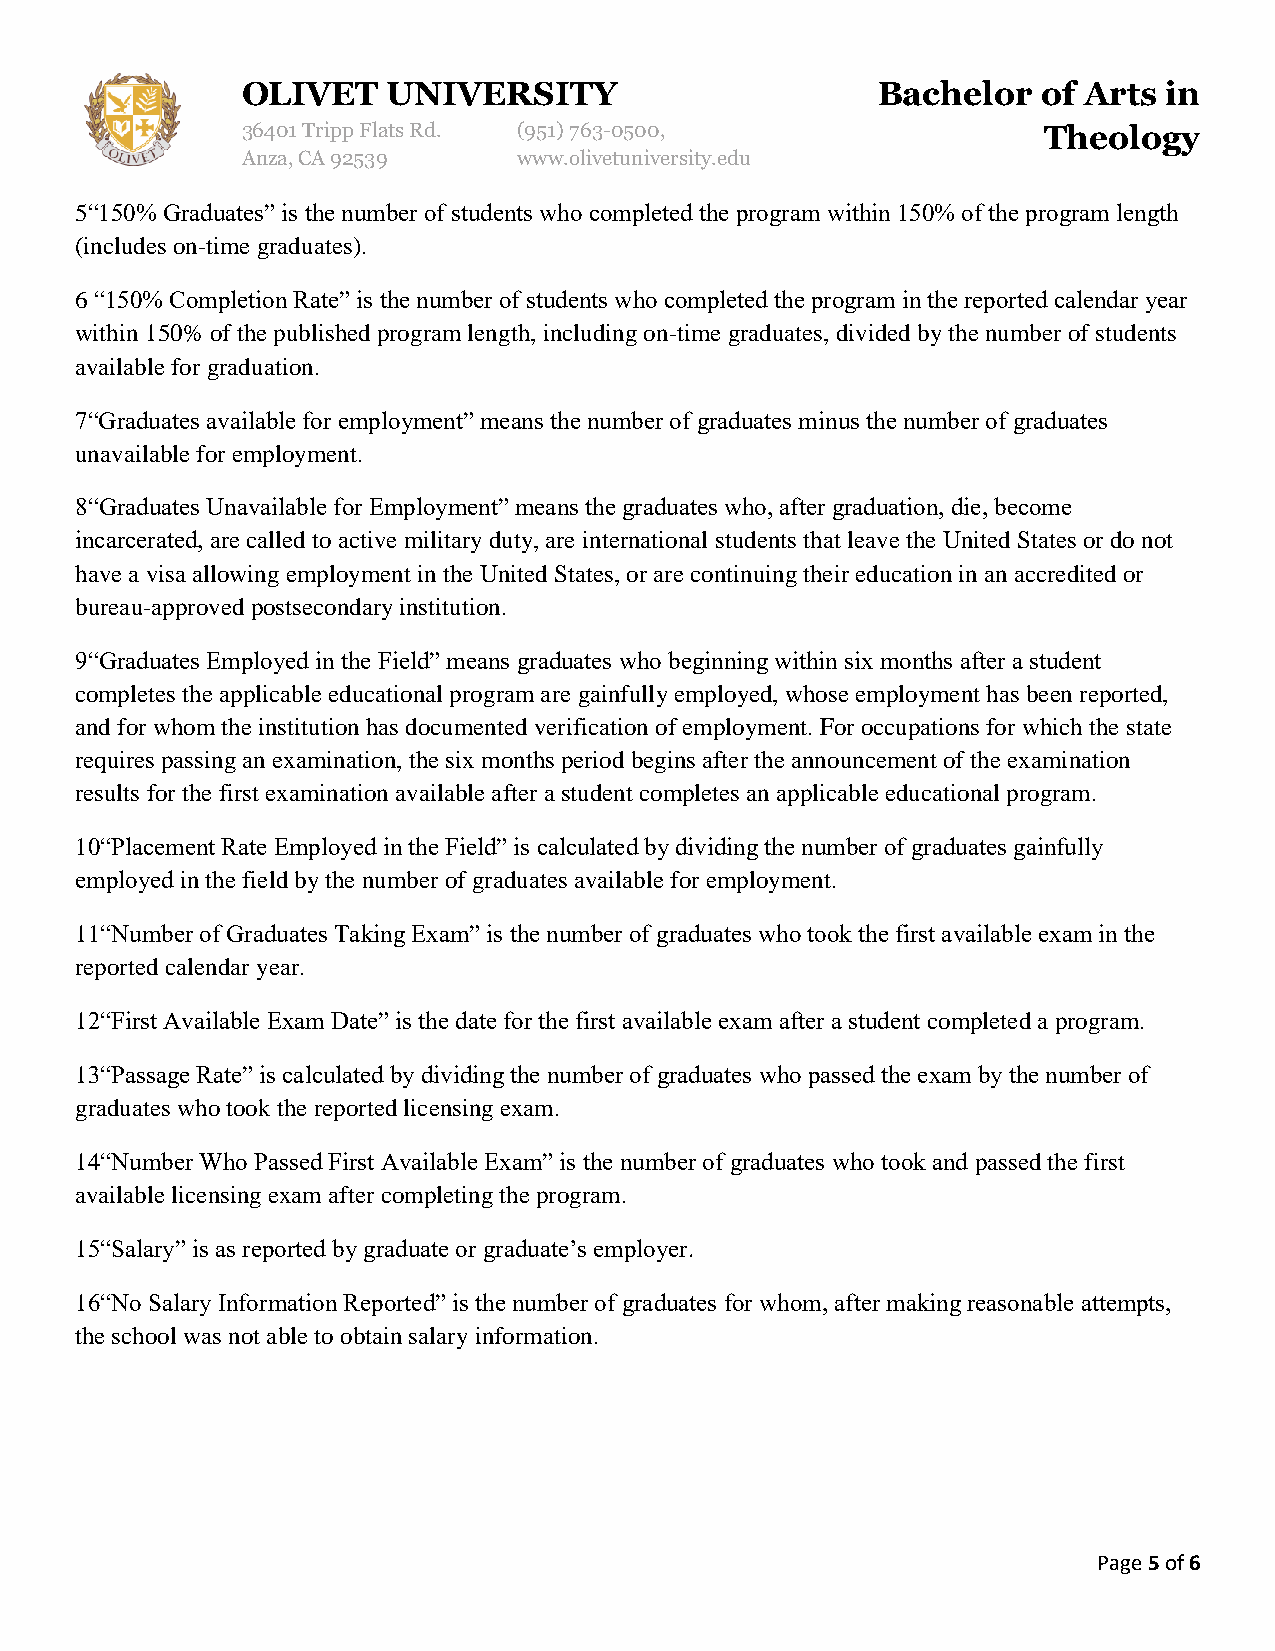
OLIVET    UNIVERSITY                      Bachelor   of Arts in
 36401 Tripp Flats Rd. (951)763-0500,                 Theology
 Anza, CA 92539    www.olivetuniversity.edu
 5“150% Graduates” is the number of students who completed the program within 150% of the program length
 (includes on-time graduates).
 6 “150% Completion Rate” is the number of students who completed the program in the reported calendar year
 within 150% of the published program length, including on-time graduates, divided by the number of students
 available for graduation.
 7“Graduates available for employment” means the number of graduates minus the number of graduates
 unavailable for employment.
 8“Graduates Unavailable for Employment” means the graduates who, after graduation, die, become
 incarcerated, are called to active military duty, are international students that leave the United States or do not
 have a visa allowing employment in the United States, or are continuing their education in an accredited or
 bureau-approved postsecondary institution.
 9“Graduates Employed in the Field” means graduates who beginning within six months after a student
 completes the applicable educational program are gainfully employed, whose employment has been reported,
 and for whom the institution has documented verification of employment. For occupations for which the state
 requires passing an examination, the six months period begins after the announcement of the examination
 results for the first examination available after a student completes an applicable educational program.
 10“Placement Rate Employed in the Field” is calculated by dividing the number of graduates gainfully
 employed in the field by the number of graduates available for employment.
 11“Number of Graduates Taking Exam” is the number of graduates who took the first available exam in the
 reported calendar year.
 12“First Available Exam Date” is the date for the first available exam after a student completed a program.
 13“Passage Rate” is calculated by dividing the number of graduates who passed the exam by the number of
 graduates who took the reported licensing exam.
 14“Number Who Passed First Available Exam” is the number of graduates who took and passed the first
 available licensing exam after completing the program.
 15“Salary” is as reported by graduate or graduate’s employer.
 16“No Salary Information Reported” is the number of graduates for whom, after making reasonable attempts,
 the school was not able to obtain salary information.
 Page 5 of 6